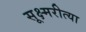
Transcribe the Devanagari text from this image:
सूक्ष्मरीत्या